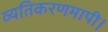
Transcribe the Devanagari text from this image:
व्यतिकरणमापी।